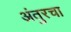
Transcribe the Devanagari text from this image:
अंतुरचा